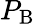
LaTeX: P_{\mathrm{{B}}}